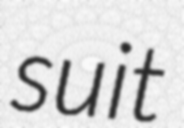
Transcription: suit